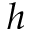
h